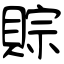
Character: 賩